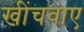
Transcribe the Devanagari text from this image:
खींचवाए